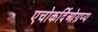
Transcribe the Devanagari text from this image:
एचोकर्दिओग्रप्य